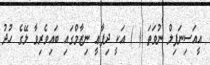
އީއަސިނަފިލް ނުވަތަ ( ) އަކީ ދިފާޢީ ނިޒާމްގައި ބައިވެރިވާ ލޭގެ ހުދު